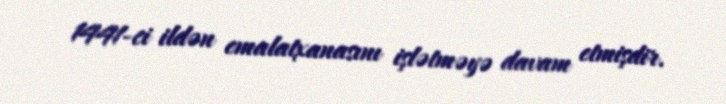
1441-ci ildən emalatxanasını işlətməyə davam etmişdir.